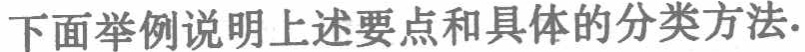
下面举例说明上述要点和具体的分类方法.